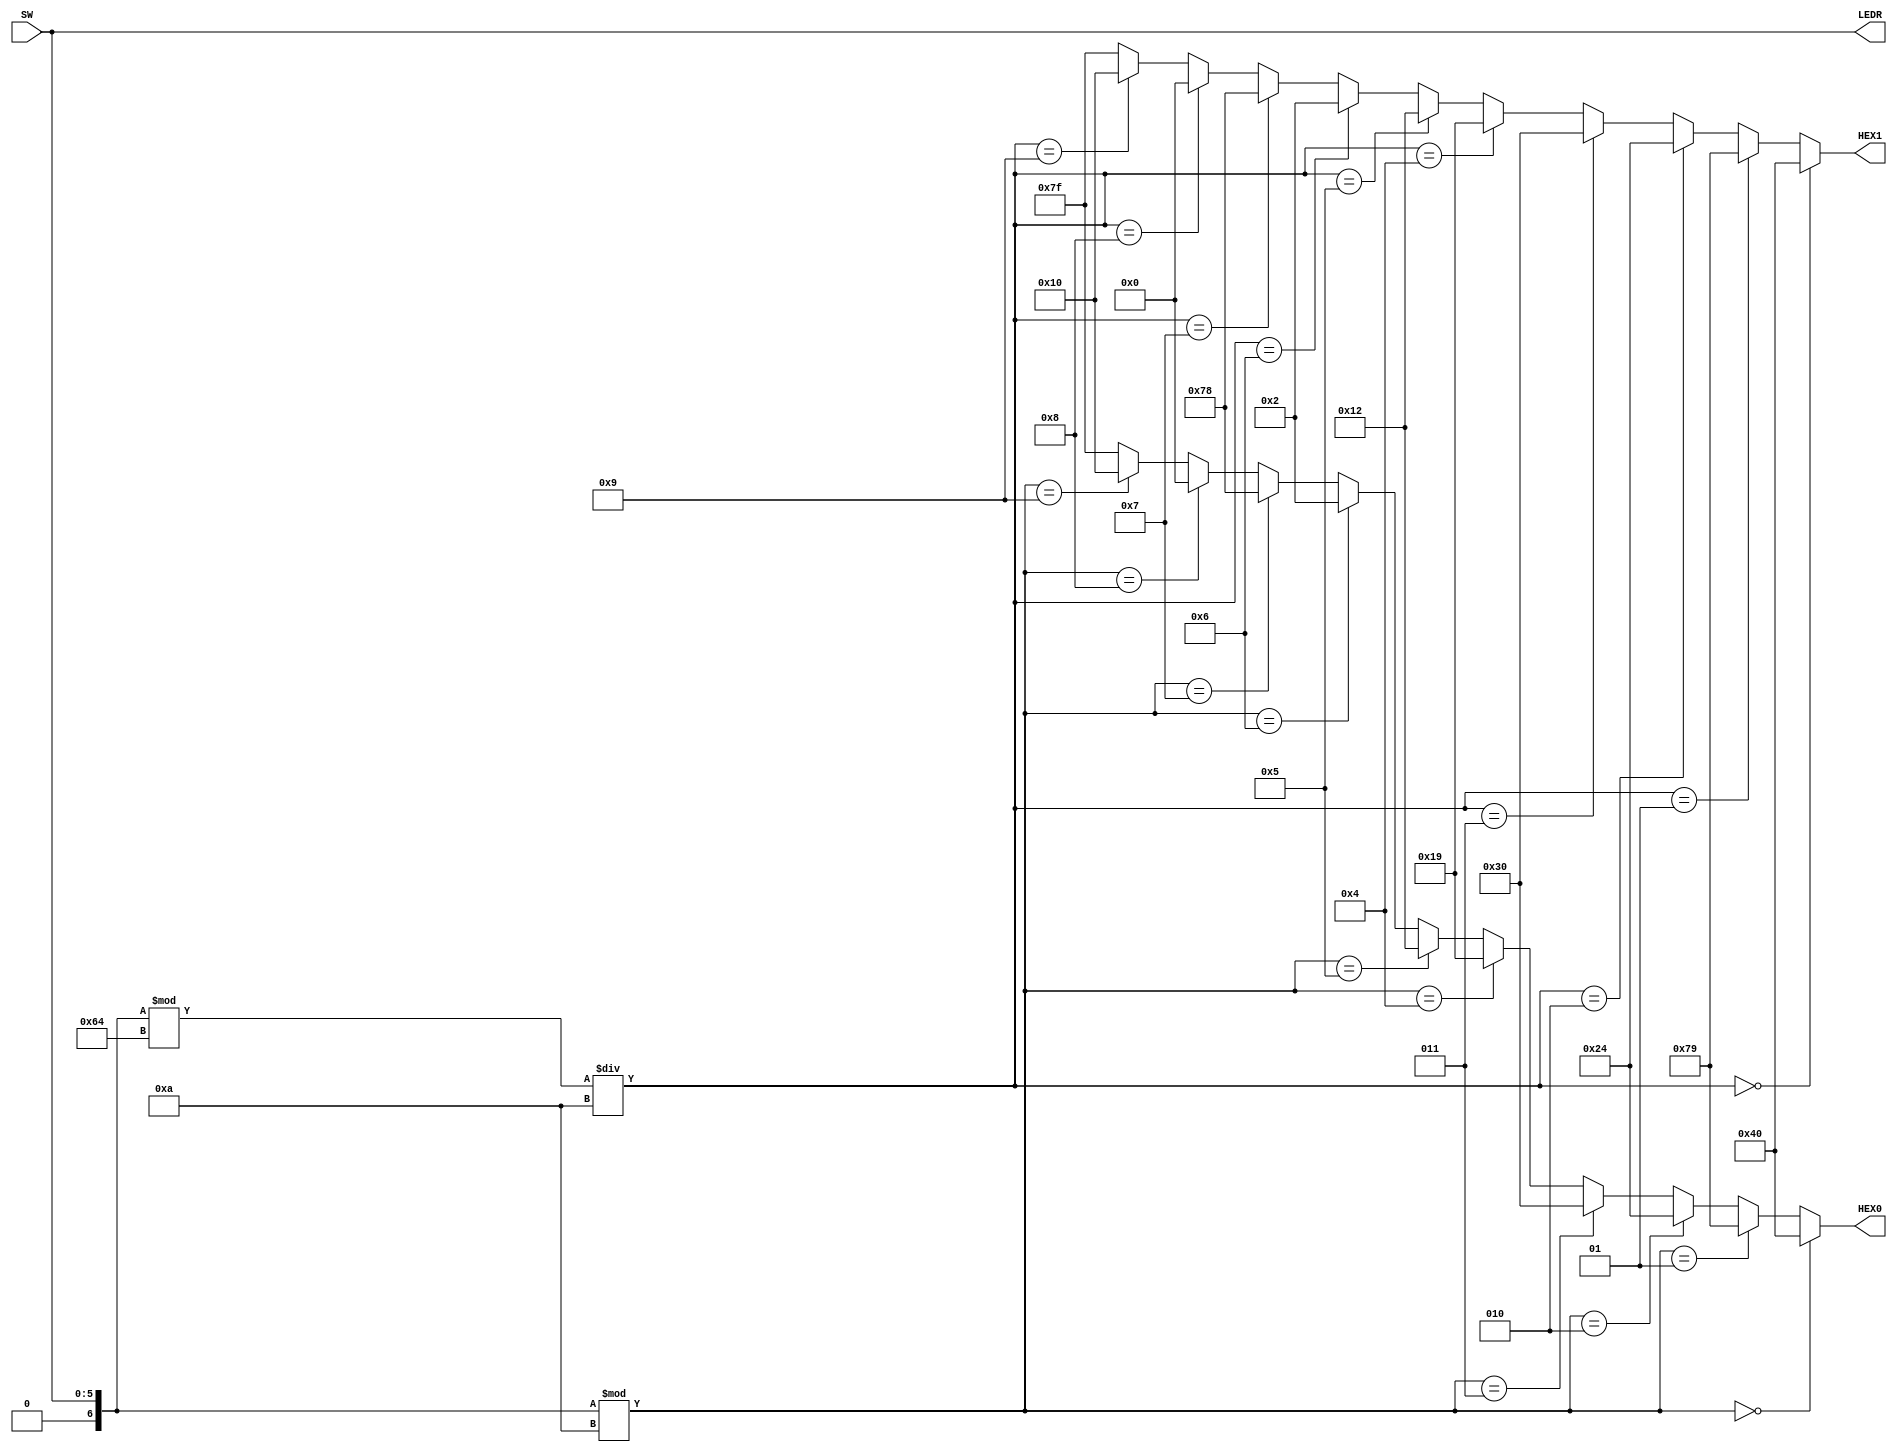
`define BLANK 7'b1111111
`define ZERO 7'b1000000
`define ONE 7'b1111001
`define TWO 7'b0100100
`define THREE 7'b0110000
`define FOUR 7'b0011001
`define FIVE 7'b0010010
`define SIX 7'b0000010
`define SEVEN 7'b1111000
`define EIGHT 7'b0000000
`define NINE 7'b0010000

//This program converts a six digit binary number denoted by SW[5:0] into a two digit decimal number, 
//denoted by HEX[1:0].
module Lab27 (SW, LEDR, HEX0, HEX1);
input [5:0]SW;
output [5:0]LEDR;
output [6:0]HEX0;
output [6:0]HEX1;
integer Number = 0;

wire [5:0]BinaryNumber;
assign LEDR = SW;
assign BinaryNumber = LEDR;

assign HEX0 = (Number % 10 == 0)?`ZERO: // 0
				  (Number % 10 == 1)?`ONE: // 1
				  (Number % 10 == 2)?`TWO: // 2
				  (Number % 10 == 3)?`THREE: // 3
				  (Number % 10 == 4)?`FOUR: // 4
				  (Number % 10 == 5)?`FIVE: // 5
				  (Number % 10 == 6)?`SIX: // 6
				  (Number % 10 == 7)?`SEVEN: // 7
				  (Number % 10 == 8)?`EIGHT: // 8
			     (Number % 10 == 9)?`NINE: // 9
				   `BLANK; // BLANK
					
assign HEX1 = ((Number % 100) / 10 == 0)?`ZERO: // 0
				  ((Number % 100) / 10 == 1)?`ONE: // 1
				  ((Number % 100) / 10 == 2)?`TWO: // 2
				  ((Number % 100) / 10 == 3)?`THREE: // 3
				  ((Number % 100) / 10 == 4)?`FOUR: // 4
				  ((Number % 100) / 10 == 5)?`FIVE: // 5
				  ((Number % 100) / 10 == 6)?`SIX: // 6
				  ((Number % 100) / 10 == 7)?`SEVEN: // 7
				  ((Number % 100) / 10 == 8)?`EIGHT: // 8
			     ((Number % 100) / 10 == 9)?`NINE: // 9
				   `BLANK; // BLANK

always @(SW)
begin
	Number = BinaryNumber;
end
endmodule